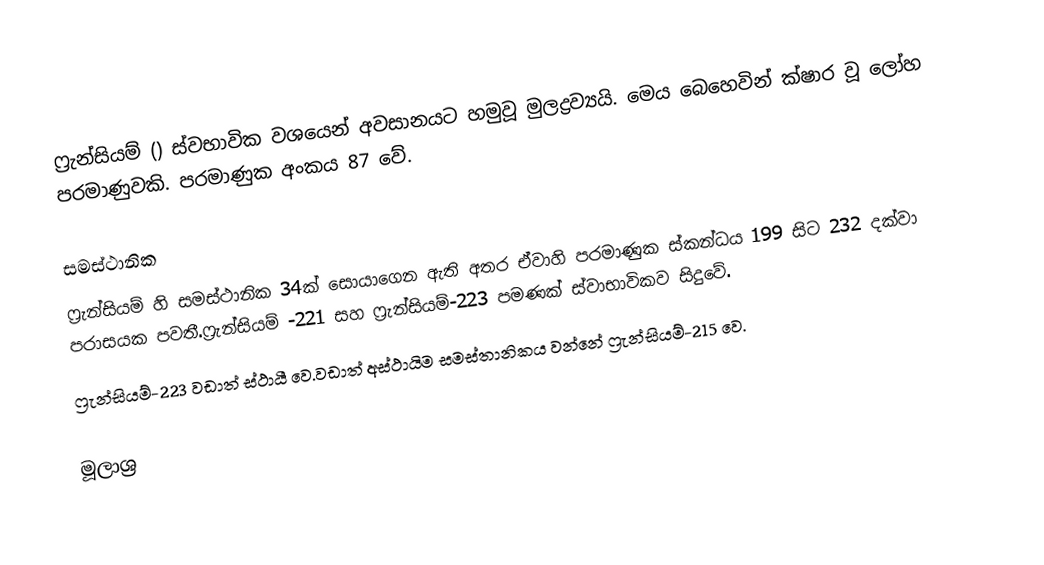
ෆ්‍රැන්සියම් () ස්වභාවික වශයෙන් අවසානයට හමුවූ මුලද්‍රව්‍යයි. මෙය බෙහෙවින් ක්ෂාර වූ ලෝහ පරමාණුවකි. පරමාණුක අංකය 87 වේ.

සමස්ථානික
ෆ්‍රැන්සියම් හි සමස්ථානික 34ක් සොයාගෙන ඇති අතර ඒවාහි පරමාණුක ස්කන්ධය 199 සිට 232 දක්වා පරාසයක පවතී.ෆ්‍රැන්සියම් -221 සහ ෆ්‍රැන්සියම්-223 පමණක් ස්වාභාවිකව සිදුවේ.
ෆ්‍රැන්සියම්-223 වඩාත් ස්ථායී වෙ.වඩාත් අස්ථායිම සමස්තානිකය වන්නේ ෆ්‍රැන්සියම්-215 වෙ.

මූලාශ්‍ර